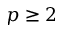
p \geq 2